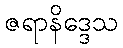
ဇရာနိဒ္ဒေသ